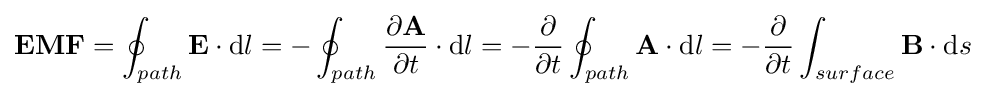
\mathbf {EMF} =\oint _{path}\mathbf {E} \cdot {\rm {d}}l=-\oint _{path}{\frac {\partial \mathbf {A} }{\partial t}}\cdot {\rm {d}}l=-{\frac {\partial }{\partial t}}\oint _{path}\mathbf {A} \cdot {\rm {d}}l=-{\frac {\partial }{\partial t}}\int _{surface}\mathbf {B} \cdot {\rm {d}}s